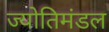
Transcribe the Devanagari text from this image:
ज्योतिमंडल